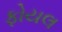
ફોયલ